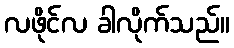
လဖိုင်လ ခါလိုက်သည်။